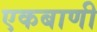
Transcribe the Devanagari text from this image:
एकबाणी